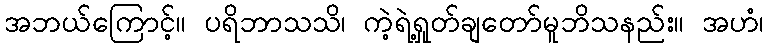
အဘယ်ကြောင့်။ ပရိဘာသသိ၊ ကဲ့ရဲ့ရှုတ်ချတော်မူဘိသနည်း။ အဟံ၊